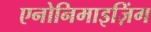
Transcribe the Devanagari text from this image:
एनोनिमाइज़िंग